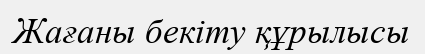
Жағаны бекіту құрылысы